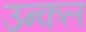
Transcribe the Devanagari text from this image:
उन्कल